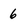
Character: 6